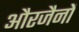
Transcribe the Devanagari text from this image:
औरजैनों